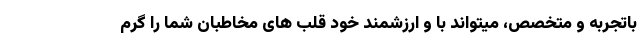
باتجربه و متخصص، میتواند با و ارزشمند خود قلب های مخاطبان شما را گرم